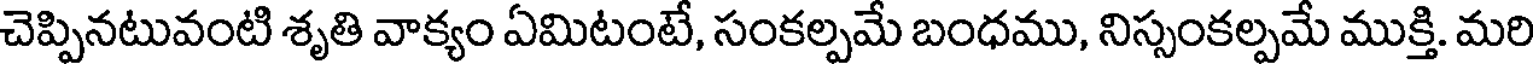
చెప్పినటువంటి శృతి వాక్యం ఏమిటంటే, సంకల్పమే బంధము, నిస్సంకల్పమే ముక్తి. మరి